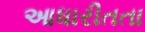
આધારીતતા